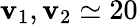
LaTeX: \mathbf{v}_{1},\mathbf{v}_{2}\simeq20